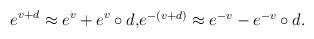
LaTeX: \begin{align*} \begin{aligned} e^{v + d} &\approx e^v + e^v \circ d, \\ \end{aligned} \begin{aligned} e^{-(v + d)} &\approx e^{-v} - e^{-v}\circ d.\end{aligned}\end{align*}